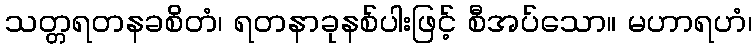
သတ္တရတနခစိတံ၊ ရတနာခုနစ်ပါးဖြင့် စီအပ်သော။ မဟာရဟံ၊